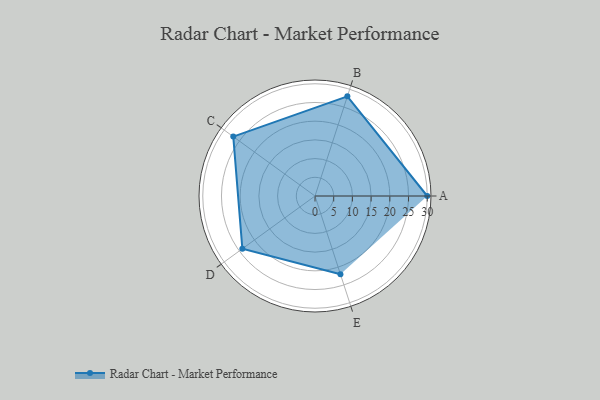
{"axis": {"x": "Skill", "y": "Score"}, "legend": ["Profile"], "data": [{"x": "A", "y": 30.0, "type": "Profile"}, {"x": "B", "y": 28.0, "type": "Profile"}, {"x": "C", "y": 27.0, "type": "Profile"}, {"x": "D", "y": 24.0, "type": "Profile"}, {"x": "E", "y": 22.0, "type": "Profile"}]}